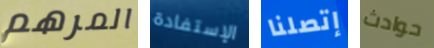
المرهم الإستفادة إتصلنا حوادث